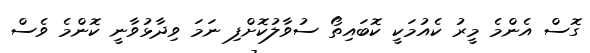
ގޮސް އެންމެ މީރު ކެއުމަކީ ކޮބައިތޯ ސުވާލުކޮށްފި ނަމަ ވިދާޅުވާނީ ކޮންމެ ވެސް